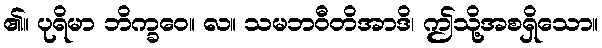
၏။ ပုရိမာ ဘိက္ခဝေ။ လ။ သမဘဝီတိအာဒိ၊ ဤသို့အစရှိသော။